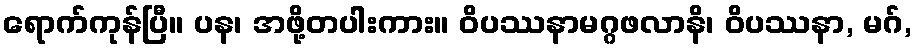
ရောက်ကုန်ပြီ။ ပန၊ အဖို့တပါးကား။ ဝိပဿနာမဂ္ဂဖလာနိ၊ ဝိပဿနာ, မဂ်,